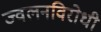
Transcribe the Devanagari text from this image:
ज्वलनविरोधी